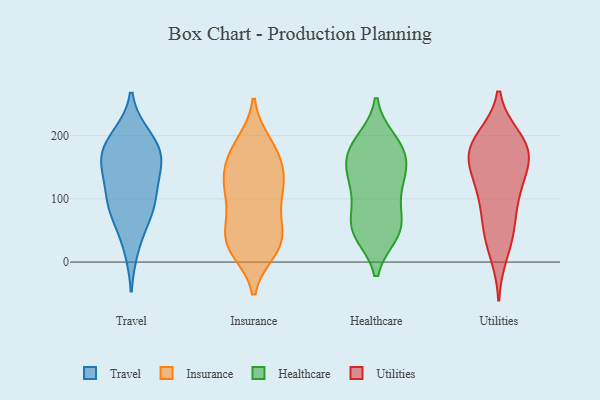
{"axis": {"x": "Waste Production (Tons)", "y": "Value"}, "legend": ["Healthcare", "Insurance", "Travel", "Utilities"], "data": [{"x": "", "y": 167, "type": "Travel"}, {"x": "", "y": 84, "type": "Travel"}, {"x": "", "y": 80, "type": "Travel"}, {"x": "", "y": 199, "type": "Travel"}, {"x": "", "y": 111, "type": "Travel"}, {"x": "", "y": 22, "type": "Travel"}, {"x": "", "y": 163, "type": "Travel"}, {"x": "", "y": 196, "type": "Travel"}, {"x": "", "y": 180, "type": "Travel"}, {"x": "", "y": 113, "type": "Travel"}, {"x": "", "y": 72, "type": "Travel"}, {"x": "", "y": 155, "type": "Travel"}, {"x": "", "y": 146, "type": "Travel"}, {"x": "", "y": 27, "type": "Insurance"}, {"x": "", "y": 159, "type": "Insurance"}, {"x": "", "y": 110, "type": "Insurance"}, {"x": "", "y": 185, "type": "Insurance"}, {"x": "", "y": 26, "type": "Insurance"}, {"x": "", "y": 58, "type": "Insurance"}, {"x": "", "y": 139, "type": "Insurance"}, {"x": "", "y": 22, "type": "Insurance"}, {"x": "", "y": 121, "type": "Insurance"}, {"x": "", "y": 39, "type": "Insurance"}, {"x": "", "y": 139, "type": "Insurance"}, {"x": "", "y": 111, "type": "Insurance"}, {"x": "", "y": 18, "type": "Insurance"}, {"x": "", "y": 115, "type": "Insurance"}, {"x": "", "y": 70, "type": "Insurance"}, {"x": "", "y": 157, "type": "Insurance"}, {"x": "", "y": 189, "type": "Insurance"}, {"x": "", "y": 179, "type": "Insurance"}, {"x": "", "y": 32, "type": "Insurance"}, {"x": "", "y": 76, "type": "Insurance"}, {"x": "", "y": 130, "type": "Healthcare"}, {"x": "", "y": 51, "type": "Healthcare"}, {"x": "", "y": 158, "type": "Healthcare"}, {"x": "", "y": 54, "type": "Healthcare"}, {"x": "", "y": 175, "type": "Healthcare"}, {"x": "", "y": 45, "type": "Healthcare"}, {"x": "", "y": 190, "type": "Healthcare"}, {"x": "", "y": 192, "type": "Healthcare"}, {"x": "", "y": 177, "type": "Healthcare"}, {"x": "", "y": 141, "type": "Healthcare"}, {"x": "", "y": 56, "type": "Healthcare"}, {"x": "", "y": 122, "type": "Healthcare"}, {"x": "", "y": 46, "type": "Healthcare"}, {"x": "", "y": 157, "type": "Healthcare"}, {"x": "", "y": 105, "type": "Healthcare"}, {"x": "", "y": 85, "type": "Healthcare"}, {"x": "", "y": 164, "type": "Utilities"}, {"x": "", "y": 194, "type": "Utilities"}, {"x": "", "y": 178, "type": "Utilities"}, {"x": "", "y": 187, "type": "Utilities"}, {"x": "", "y": 149, "type": "Utilities"}, {"x": "", "y": 70, "type": "Utilities"}, {"x": "", "y": 111, "type": "Utilities"}, {"x": "", "y": 165, "type": "Utilities"}, {"x": "", "y": 115, "type": "Utilities"}, {"x": "", "y": 52, "type": "Utilities"}, {"x": "", "y": 169, "type": "Utilities"}, {"x": "", "y": 43, "type": "Utilities"}, {"x": "", "y": 13, "type": "Utilities"}, {"x": "", "y": 114, "type": "Utilities"}, {"x": "", "y": 196, "type": "Utilities"}]}